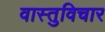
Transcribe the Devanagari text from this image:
वास्तुविचार